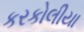
કરકોલીયા